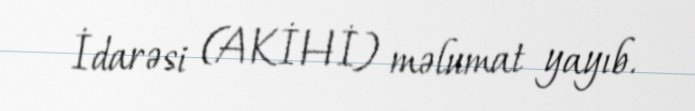
İdarəsi (AKİHİ) məlumat yayıb.